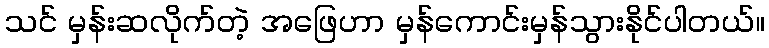
သင် မှန်းဆလိုက်တဲ့ အဖြေဟာ မှန်ကောင်းမှန်သွားနိုင်ပါတယ်။